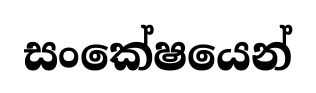
සංකේෂයෙන්